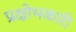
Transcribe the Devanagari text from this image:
प्रक्षोभकारी